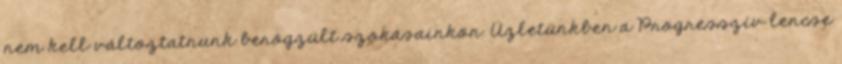
nem kell változtatnunk berögzült szokásainkon. Üzletünkben a Progresszív lencse